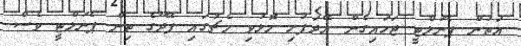
އަތުން ޕެނަލްޓީ ޖަހައިގެން އޭދަފުށި މޮޅުވި މެޗުގައި ފޭދޫގެ ތިން ޕެނަލްޓީ ވެސް